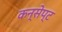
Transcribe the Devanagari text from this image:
कन्सेप्ट